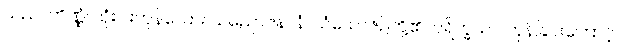
သည်။ တိဏ္ဏံ၊ သုံးပါးကုန်သော။ သညောဇနာနံ၊ သံယောဇဉ်တို့၏။ ပရိက္ခယာ၊ ကုန်ခြင်းကြောင့်။